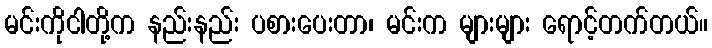
မင်းကိုငါတို့က နည်းနည်း ပစားပေးတာ၊ မင်းက များများ ရောင့်တက်တယ်။